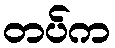
တပ်က